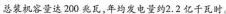
总装机容量达200兆瓦，年均发电量约2.2亿千瓦时。